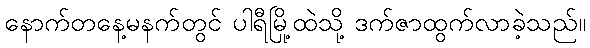
နောက်တနေ့မနက်တွင် ပါရီမြို့ထဲသို့ ဒက်ဇာထွက်လာခဲ့သည်။